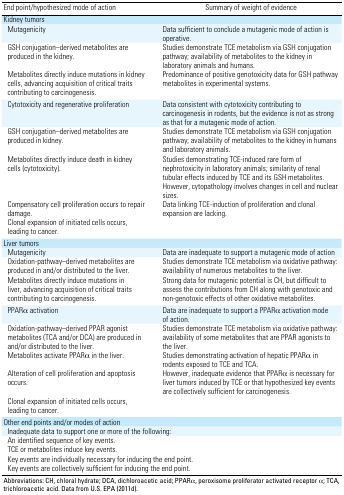
<table><thead><tr><td><b>End point/hypothesized mode of action</b></td><td><b>Summary of weight of evidence</b></td></tr></thead><tbody><tr><td colspan="2">Kidney tumors</td></tr><tr><td>Mutagenicity</td><td>Data sufficient to conclude a mutagenic mode of action isoperative.</td></tr><tr><td>GSH conjugation–derived metabolites are produced in the kidney.</td><td>Studies demonstrate TCE metabolism via GSH conjugation pathway;availability of metabolites to the kidney in laboratory animals andhumans.</td></tr><tr><td>Metabolites directly induce mutations in kidney cells, advancingacquisition of critical traits contributing to carcinogenesis.</td><td>Predominance of positive genotoxicity data for GSH pathway metabolitesin experimental systems.</td></tr><tr><td>Cytotoxicity and regenerative proliferation</td><td>Data consistent with cytotoxicity contributing to carcinogenesis inrodents, but the evidence is not as strong as that for a mutagenic modeof action.</td></tr><tr><td>GSH conjugation–derived metabolites are produced in kidney.</td><td>Studies demonstrate TCE metabolism via GSH conjugation pathway;availability of metabolites to the kidney in humans and laboratoryanimals.</td></tr><tr><td>Metabolites directly induce death in kidney cells (cytotoxicity).</td><td>Studies demonstrating TCE-induced rare form of nephrotoxicity inlaboratory animals; similarity of renal tubular effects induced by TCEand its GSH metabolites. However, cytopathology involves changes in celland nuclear sizes.</td></tr><tr><td>Compensatory cell proliferation occurs to repair damage.</td><td>Data linking TCE-induction of proliferation and clonal expansion arelacking.</td></tr><tr><td>Clonal expansion of initiated cells occurs, leading to cancer.</td></tr><tr><td colspan="2">Liver tumors</td></tr><tr><td>Mutagenicity</td><td>Data are inadequate to support a mutagenic mode of action</td></tr><tr><td>Oxidation-pathway–derived metabolites are produced in and/or distributedto the liver.</td><td>Studies demonstrate TCE metabolism via oxidative pathway: availabilityof numerous metabolites to the liver.</td></tr><tr><td>Metabolites directly induce mutations in liver, advancing acquisition ofcritical traits contributing to carcinogenesis.</td><td>Strong data for mutagenic potential is CH, but difficult to assess thecontributions from CH along with genotoxic and non-genotoxic effects ofother oxidative metabolites.</td></tr><tr><td>PPARα activation</td><td>Data are inadequate to support a PPARα activation mode of action.</td></tr><tr><td>Oxidation-pathway–derived PPAR agonist metabolites (TCA and/or DCA) areproduced in and/or distributed to the liver.</td><td>Studies demonstrate TCE metabolism via oxidative pathway: availabilityof some metabolites that are PPAR agonists to the liver.</td></tr><tr><td>Metabolites activate PPARα in the liver.</td><td>Studies demonstrating activation of hepatic PPARα in rodents exposed toTCE and TCA.</td></tr><tr><td>Alteration of cell proliferation and apoptosis occurs.</td><td>However, inadequate evidence that PPARα is necessary for liver tumorsinduced by TCE or that hypothesized key events are collectivelysufficient for carcinogenesis.</td></tr><tr><td>Clonal expansion of initiated cells occurs, leading to cancer.</td></tr><tr><td colspan="4">Other end points and/or modes of action</td></tr><tr><td colspan="3">Inadequate data to support one or more of thefollowing:</td></tr><tr><td colspan="3">An identified sequence of key events.</td></tr><tr><td colspan="3">TCE or metabolites induce key events.</td></tr><tr><td colspan="3">Key events are individually necessary for inducing the endpoint.</td></tr><tr><td colspan="3">Key events are collectively sufficient for inducing the endpoint.</td></tr><tr><td colspan="4">Abbreviations: CH, chloral hydrate; DCA, dichloroaceticacid; PPARα, peroxisome proliferator activated receptor α; TCA,trichloroacetic acid. Data from U.S. EPA (2011d).</td></tr></tbody></table>